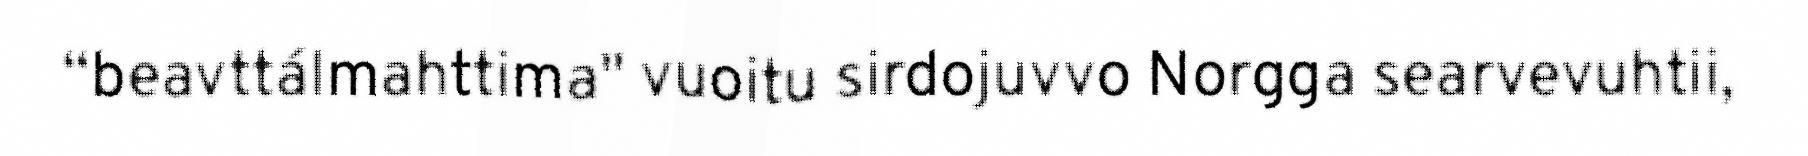
“beavttálmahttima" vuoitu sirdojuvvo Norgga searvevuhtii,